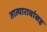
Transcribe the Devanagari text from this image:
तात्यारावांसह